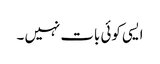
ایسی کوئی بات نہیں ۔